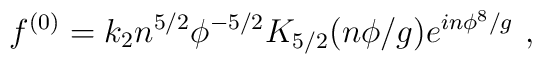
f^{(0)} = k_2 n^{5/2} \phi^{-5/2} K_{5/2} (n \phi / g ) e^{i n \phi^8 / g } ~,